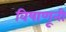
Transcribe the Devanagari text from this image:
विषाणूनी